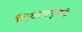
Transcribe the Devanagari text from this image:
शिवस्यनृपतेः